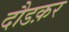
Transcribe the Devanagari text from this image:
दौडक़र